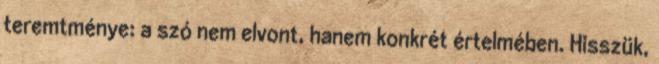
teremtménye: a szó nem elvont, hanem konkrét értelmében. Hisszük,